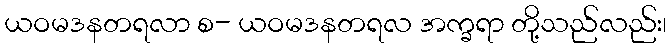
ယဝမဒနတရလာ စ- ယဝမဒနတရလ အက္ခရာ တို့သည်လည်း၊